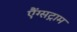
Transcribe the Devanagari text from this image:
एैंग्सट्राम